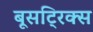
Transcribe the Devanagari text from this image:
बूसट्रिक्स